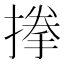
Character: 搼